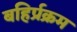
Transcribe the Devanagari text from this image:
बहिर्प्रक्रम